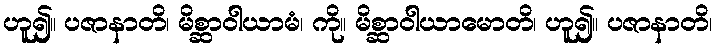
ဟူ၍။ ပဇာနာတိ၊ မိစ္ဆာဝါယာမံ၊ ကို။ မိစ္ဆာဝါယာမောတိ၊ ဟူ၍။ ပဇာနာတိ၊